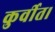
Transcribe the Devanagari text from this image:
कुर्वीत।